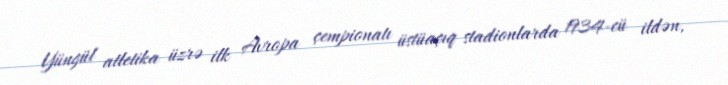
Yüngül atletika üzrə ilk Avropa çempionatı üstüaçıq stadionlarda 1934-cü ildən,